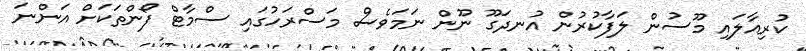
ކުރިއާލައި މޫސުން ލަފާކުރުން އުނދަގޫ ނޫން ނަމަވެސް މަސްރަހުގައި ސްމާޓް ފޯންތަކަށް އަންނަ